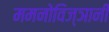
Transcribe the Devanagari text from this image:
ममनोविज्ञानी